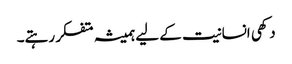
دکھی انسانیت کے لیے ہمیشہ متفکر رہتے۔